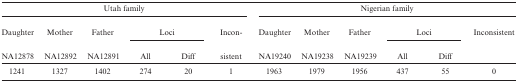
<table><thead><tr><td colspan="6"><b>Utah family</b></td><td colspan="6"><b>Nigerian family</b></td></tr><tr><td><b>Daughter</b></td><td><b>Mother</b></td><td><b>Father</b></td><td colspan="2"><b>Loci</b></td><td><b>Incon-</b></td><td><b>Daughter</b></td><td><b>Mother</b></td><td><b>Father</b></td><td colspan="2"><b>Loci</b></td><td><b>Inconsistent</b></td></tr><tr><td><b>NA12878</b></td><td><b>NA12892</b></td><td><b>NA12891</b></td><td><b>All</b></td><td><b>Diff</b></td><td><b>sistent</b></td><td><b>NA19240</b></td><td><b>NA19238</b></td><td><b>NA19239</b></td><td><b>All</b></td><td><b>Diff</b></td><td></td></tr></thead><tbody><tr><td>1241</td><td>1327</td><td>1402</td><td>274</td><td>20</td><td>1</td><td>1963</td><td>1979</td><td>1956</td><td>437</td><td>55</td><td>0</td></tr></tbody></table>